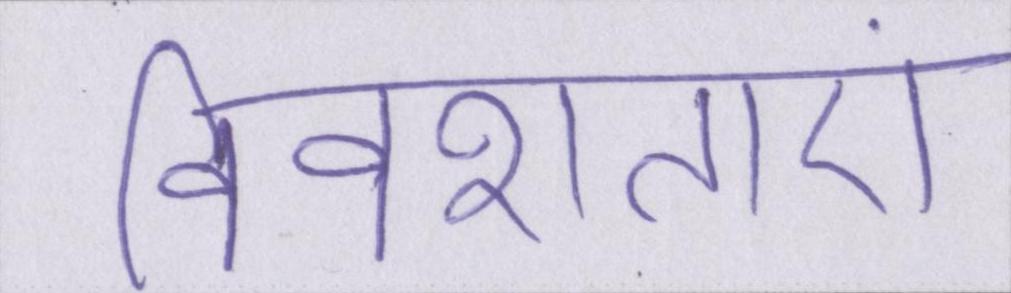
विवशताएं